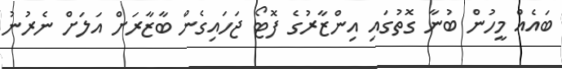
ބައެއް މީހުން ބުނާ ގޮތުގައި އިންޒާރުގެ ފޮޓޯ ޖަހައިގެން ބާޒާރަށް އަލަށް ނެރުނު